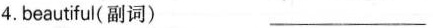
4. beautiful( 副词) ___